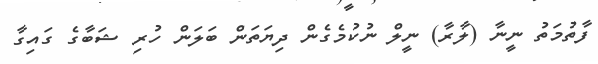
ފާތުމަތު ނީނާ (ލާރާ) ނީލް ނުކުމެގެން ދިޔަތަން ބަލަން ހުރި ޝަބާގެ ގައިގާ